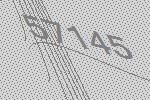
57145